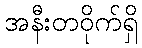
အနီးတဝိုက်ရှိ